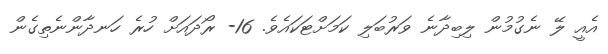
އެއީ ލޭ ނެގުމުން ލިބިދާނެ ވަރުބަލި ކަމަށްޓަކައެވެ. 16- ރޯދައަށް ހުރެ ހަނދާންނެތިގެން